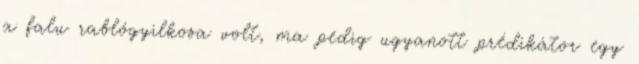
a falu rablógyilkosa volt, ma pedig ugyanott prédikátor egy